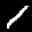
Label: 1